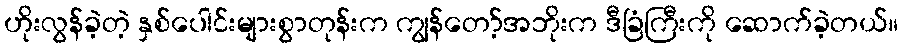
ဟိုးလွန်ခဲ့တဲ့ နှစ်ပေါင်းများစွာတုန်းက ကျွန်တော့်အဘိုးက ဒီခြံကြီးကို ဆောက်ခဲ့တယ်။